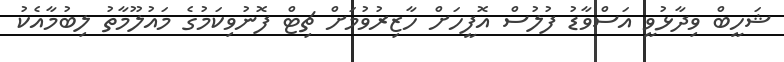
ޝަހީބް ވިދާޅުވީ އަސްވާޑު ފުލުސް އޮފީހަށް ހާޒިރުވުމަށް ޗިޓް ފޮނުވިކަމުގެ މައުލޫމާތު ލިބުމާއެކު